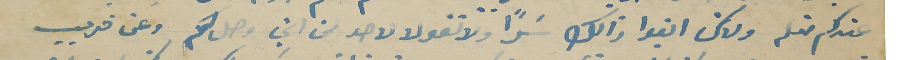
عندكم متله ولاكن ابقوا ذالك سَرًا ولا تقولا لاحد من اين وصلكم وعن قريب